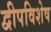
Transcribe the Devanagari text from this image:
द्वीपविशेष